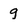
Character: 9